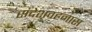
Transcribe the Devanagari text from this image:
संदेशवहनास